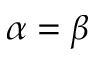
\alpha = \beta